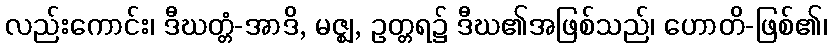
လည်းကောင်း၊ ဒီဃတ္တံ-အာဒိ, မဇ္ဈ, ဥတ္တရ၌ ဒီဃ၏အဖြစ်သည်၊ ဟောတိ-ဖြစ်၏၊